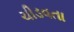
ચીડવતા